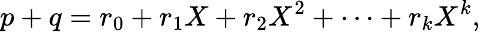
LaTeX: p+q=r_{0}+r_{1}X+r_{2}X^{2}+\cdots+r_{k}X^{k},